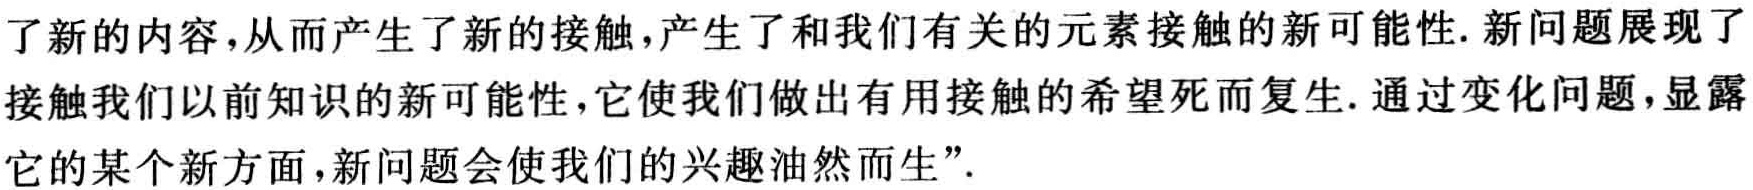
了新的内容,从而产生了新的接触,产生了和我们有关的元素接触的新可能性. 新问题展现了接触我们以前知识的新可能性,它使我们做出有用接触的希望死而复生. 通过变化问题,显露它的某个新方面,新问题会使我们的兴趣油然而生”.